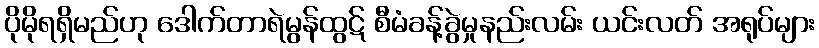
ပိုမိုရရှိမည်ဟု ဒေါက်တာရဲမွန်ထွဋ် စီမံခန့်ခွဲမှုနည်းလမ်း ယင်းလတ် အရုပ်များ